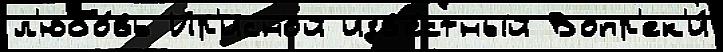
л'юбо́вь Ир'исной изв'е́стный Вопр'ек'и́